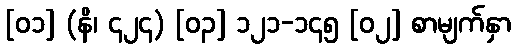
[၀၁] (နိ၊ ၄၂၄) [၀၃] ၁၂၁-၁၄၅ [၀၂] စာမျက်နှာ